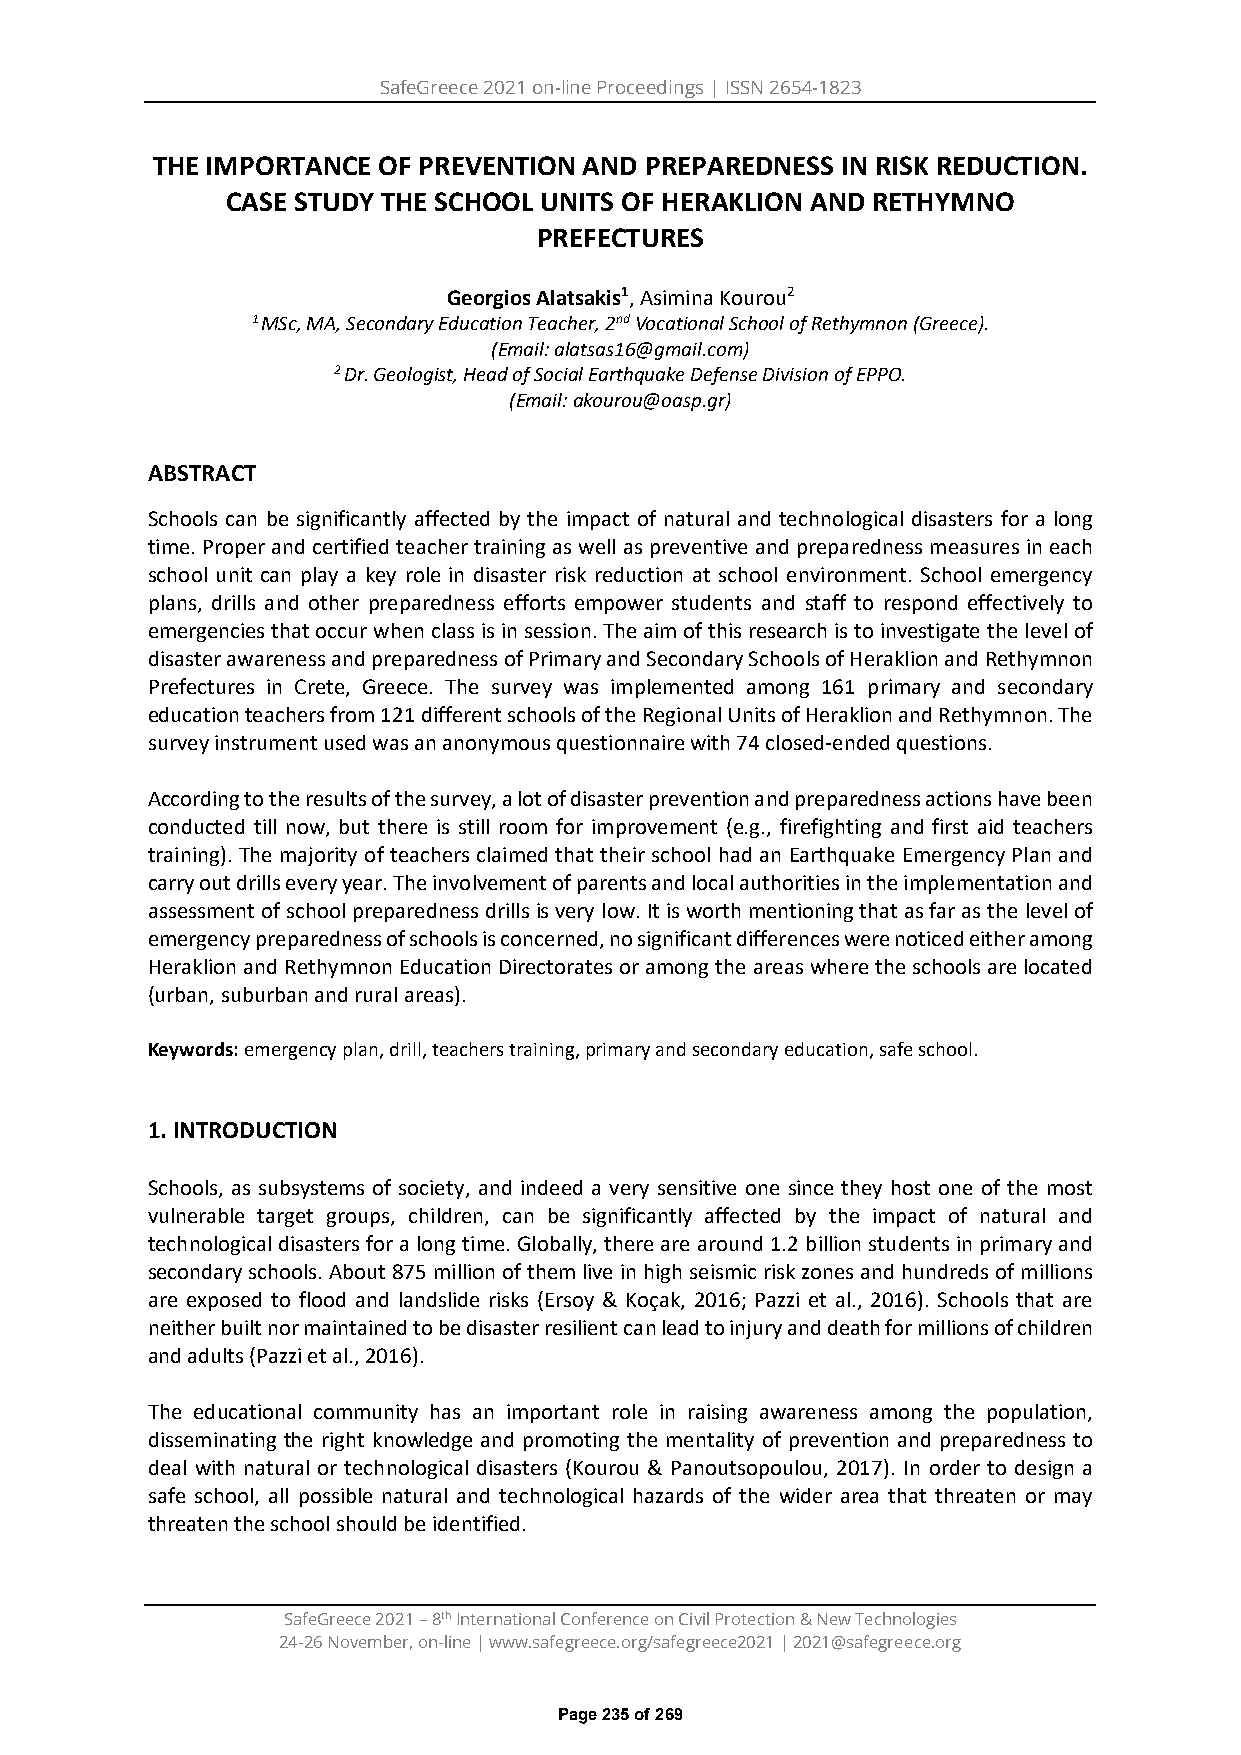
SafeGreece 2021 on-line Proceedings | ISSN 2654-1823
 THE IMPORTANCE OF PREVENTION AND PREPAREDNESS IN RISK REDUCTION.
 CASE STUDY THE SCHOOL UNITS OF HERAKLION AND RETHYMNO
 PREFECTURES
 Georgios Alatsakis1, Asimina Kourou2
 1 MSc, MA, Secondary Education Teacher, 2nd Vocational School of Rethymnon (Greece).
 (Email: alatsas16@gmail.com)
 2 Dr. Geologist, Head of Social Earthquake Defense Division of EPPO.
 (Email: akourou@oasp.gr)
 ABSTRACT
 Schools can be significantly affected by the impact of natural and technological disasters for a long
 time. Proper and certified teacher training as well as preventive and preparedness measures in each
 school unit can play a key role in disaster risk reduction at school environment. School emergency
 plans, drills and other preparedness efforts empower students and staff to respond effectively to
 emergencies that occur when class is in session. The aim of this research is to investigate the level of
 disaster awareness and preparedness of Primary and Secondary Schools of Heraklion and Rethymnon
 Prefectures in Crete, Greece. The survey was implemented among 161 primary and secondary
 education teachers from 121 different schools of the Regional Units of Heraklion and Rethymnon. The
 survey instrument used was an anonymous questionnaire with 74 closed-ended questions.
 According to the results of the survey, a lot of disaster prevention and preparedness actions have been
 conducted till now, but there is still room for improvement (e.g., firefighting and first aid teachers
 training). The majority of teachers claimed that their school had an Earthquake Emergency Plan and
 carry out drills every year. The involvement of parents and local authorities in the implementation and
 assessment of school preparedness drills is very low. It is worth mentioning that as far as the level of
 emergency preparedness of schools is concerned, no significant differences were noticed either among
 Heraklion and Rethymnon Education Directorates or among the areas where the schools are located
 (urban, suburban and rural areas).
 Keywords: emergency plan, drill, teachers training, primary and secondary education, safe school.
 1.INTRODUCTION
 Schools, as subsystems of society, and indeed a very sensitive one since they host one of the most
 vulnerable target groups, children, can be significantly affected by the impact of natural and
 technological disasters for a long time. Globally, there are around 1.2 billion students in primary and
 secondary schools. About 875 million of them live in high seismic risk zones and hundreds of millions
 are exposed to flood and landslide risks (Ersoy & Koçak, 2016; Pazzi et al., 2016). Schools that are
 neither built nor maintained to be disaster resilient can lead to injury and death for millions of children
 and adults (Pazzi et al., 2016).
 The educational community has an important role in raising awareness among the population,
 disseminating the right knowledge and promoting the mentality of prevention and preparedness to
 deal with natural or technological disasters (Kourou & Panoutsopoulou, 2017). In order to design a
 safe school, all possible natural and technological hazards of the wider area that threaten or may
 threaten the school should be identified.
 SafeGreece 2021 – 8th International Conference on Civil Protection & New Technologies
 24-26 November, on-line | www.safegreece.org/safegreece2021 | 2021@safegreece.org
 Page 235 of 269